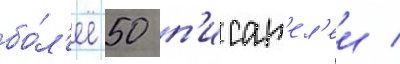
бо́л'ее 50 п'исат'ел'еи /